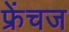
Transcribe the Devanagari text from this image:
फ्रेंचज